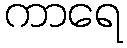
ကာရေ